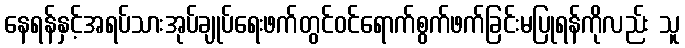
နေရန်နှင့်အရပ်သားအုပ်ချုပ်ရေးဖက်တွင်ဝင်ရောက်စွက်ဖက်ခြင်းမပြုရန်ကိုလည်း သူ